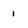
Character: i